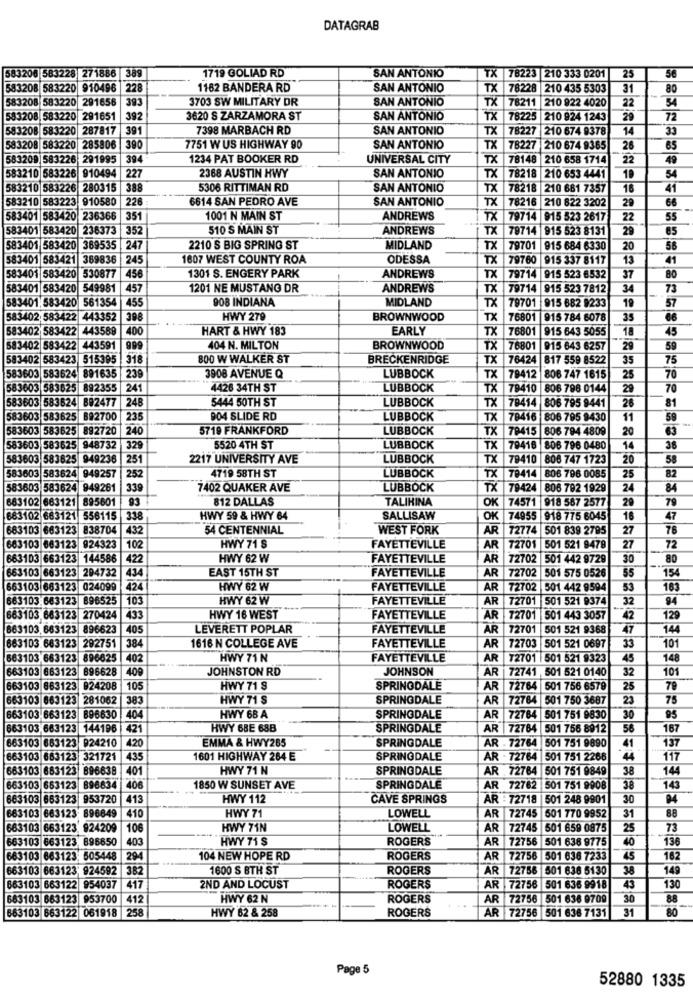
DATAGRAB
583206 583228 271886 389
1719 GOLIAD RD
SAN ANTONIO
TX 78223 210 333 0201
25
56
583208 583220 910496
228
1182 BANDERA RD
SAN ANTONIO
TX 78228 210 435 5303
31
80
583208 583220 291656
393
3703 SW MILITARY DR
SAN ANTONIO
TX 78211 210 922 4020
22
583208, 583220 291651
392
3620 S ZARZAMORA ST
SAN ANTONIO
TX 78225 210 924 1243
29
72
583208 583220 287817
391
7398 MARBACH RD
SAN ANTONIO
TX 78227 210 674 9378
14
583208 583220 285806 390
7751 W US HIGHWAY 90
SAN ANTONIO
TX 78227 210 674 9365
26
65
583209 583226 291995
39.
1234 PAT BOOKER RD
UNIVERSAL CITY
TX 78148 210 658 1714
22
49
2368 AUSTIN HWY
SAN ANTONIO
583210 583226 910494 |227
TX 78218 210 653 4441
10
54
583210 583226 280315
388
5306 RITTIMAN RD
SAN ANTONIO
TX 78218 210 681 7357
16
41
583210 583223 910580
226
6614 SAN PEDRO AVE
SAN ANTONIO
TX 78216 210 822 3202
29
66
583401 583420 236366
351
1001 N MAIN ST
ANDREWS
TX 79714 915 523 2617
22
55
583401 583420 236373
352
510 S MAIN ST
ANDREWS
TX 79714 915 523 8131
29
65
583401 583420
389535 247
2210 S BIG SPRING ST
MIDLAND
TX 79701 915 684 6330
20
56
583401 583421
369836 245
1607 WEST COUNTY ROA
ODESSA
TX 79760 915 337 8117
13
41
456
1301 S. ENGERY PARK
583401 583420 530877
ANDREWS
TX 79714 915 523 6532
37
80
583401 583420 549981 457
1201 NE MUSTANG DR
ANDREWS
TX 79714 915 523 7812
34
73
583401, 583420 561354 455
908 INDIANA
MIDLAND
57
TX 79701 915 682 9233
19
583402 583422 443352 398
HWY 279
BROWNWOOD
X 76801 915 784 6078
35
583402 583422 443589
400
HART & HWY 183
EARLY
TX 76801 915 643 5055
18
45
583402 583422 443591 999
404 N. MILTON
BROWNWOOD
TX 76801 915 643 6257
29
59
583402 583423 515395 318
800 W WALKER ST
BRECKENRIDGE
TX 76424 817 559 8522
35
75
3908 AVENUE Q
583603 583624 891635 |239
LUBBOCK
TX 79412
806 747 1615
25
70
583603 583625 892355 |241
4426 34TH ST
LUBBOCK
TX 79410 806 796 0144
20
70
5444 50TH ST
LUBBOCK
TX 78414 806 795 9441
81
583603 583624 892477 |248
26
583603 583625 892700 |235
904 SLIDE RD
LUBBOCK
TX 78416 806 795 9430
11
59
583603 583625 892720
240
5719 FRANKFORD
LUBBOCK
TX 78415 806 794 4809
20
63
583603 583625 948732
329
5520 4TH ST
LUBBOCK
TX 79416 806 796 0480
14
36
583603 583825 949236
251
2217 UNIVERSITY AVE
LUBBOCK
TX 79410
808 747 1723
20
58
4719 58TH ST
LUBBOCK
82
583603 583624 949257
252
TX 79414 806 796 0085
25
583603 583624
949261
339
7402 QUAKER AVE
LUBBOCK
TX 79424
806 792 1929
24
84
683102 683121 895601
93
812 DALLAS
TALIHINA
OK 74571 918 567 2577
29
79
683102 663121 556115
338
HWY 59 & HWY 64
SALLISAW
OK 74955 918 775 6045
16
47
683103 663123 838704 432
54 CENTENNIAL
WEST FORK
AR 72774 501 839 2795
27
76
HWY 71 S
663103 663123 924323
102
FAYETTEVILLE
AR
72701 501 521 9479
27
72
663103 663123 144586
422
HWY 62 W
FAYETTEVILLE
AR
72702 501 442 9729
30
80
663103 663123 294732
EAST 15TH ST
FAYETTEVILLE
AR
72702
55
154
434
501 575 0526
663103 663123 024099
424
HWY 62 W
FAYETTEVILLE
AR
72702 501 442 9594
53
163
663103.663123 896525
103
HWY 62 W
FAYETTEVILLE
AR
72701 501 521 9374
32
94
663103, 663123 270424
433
HWY 16 WEST
FAYETTEVILLE
AR
72701 |501 443 3057
42
129
663103,663123 896623
405
LEVERETT POPLAR
FAYETTEVILLE
AR
72701 501 521 9368
47
144
AR
33
101
663103.683123 292751
384
1616 N COLLEGE AVE
FAYETTEVILLE
72703 501 521 0697
663103 663123 896625
402
HWY 71 N
FAYETTEVILLE
AR
72701 |501 521 9323
45
148
663103 663123 896628
409
JOHNSTON RD
JOHNSON
AR
72741 , 501 521 0140
32
101
663103 663123 924208
105
HWY 71 S
SPRINGDALE
AR
72764 501 756 6579
25
79
663103 663123 281062
383
HWY 71 S
SPRINGDALE
AR
72764 501 750 3687
23
75
663103.663123 896830 404
HWY 68 A
SPRINGDALE
AR 72784 501 751 9830
30
95
663103 663123 144196 |421
HWY 68E 68B
SPRINGDALE
AR |72764 501 756 8912
56
167
663103 683123 924210
420
EMMA & HWY265
SPRINGDALE
AR . 72764
501 751 9890
137
41
663103 663123 321721 435
1601 HIGHWAY 264 E
SPRINGDALE
AR - 72764 501 751 2266
44
117
663103 683123 896638
401
HWY 71 N
SPRINGDALE
AR 72764 501 751 9849
38
144
663103 653123 896634 406
1850 W SUNSET AVE
SPRINGDALE
AR 72782 501 751 9908
38
143
663103 663123 953720 413
HWY 112
CAVE SPRINGS
AR - 72718 |501 248 9901
30
94
663103 663123 896649 410
HWY 71
LOWELL
AR 72745 501 770 9952
31
88
663103 663123 924209
106
HWY 71N
LOWELL
AR 72745 501 659 0875
25
73
663103 663123, 896850
403
HWY 71 $
ROGERS
AR 72756 501 636 9775
40
136
663103 663123: 505448
294
104 NEW HOPE RD
ROGERS
AR 72756 501 636 7233
45
162
663103 663123; 924592 382
1600 S BTH ST
ROGERS
AR 72756 501 636 5130
38
149
663103 663122 954037
417
2ND AND LOCUST
ROGERS
AR 72756 501 636 9918
43
130
663103 663123 953700 412
HWY 62 N
ROGERS
AR 72756 501 636 9709
30
88
663103 663122 061918
258
HWY 62 & 258
ROGERS
AR 72756 501 636 7131
80
31
Page 5
52880 1335